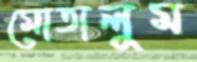
মোতালুম